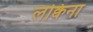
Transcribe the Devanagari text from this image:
लक्विना